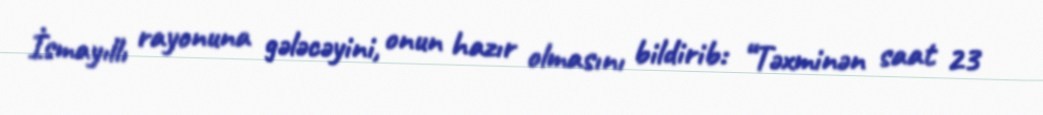
İsmayıllı rayonuna gələcəyini, onun hazır olmasını bildirib: “Təxminən saat 23